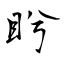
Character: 盻